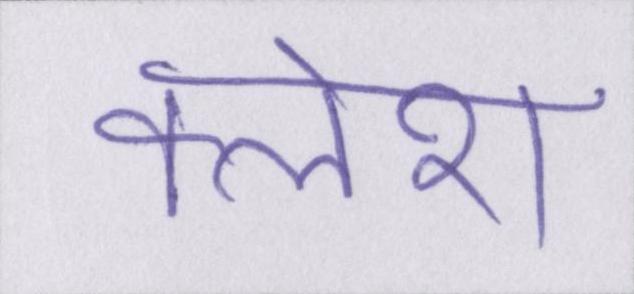
क्लेश